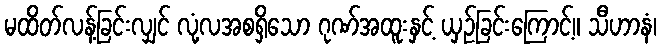
မထိတ်လန့်ခြင်းလျှင် လုံ့လအစရှိသော ဂုဏ်အထူးနှင့် ယှဉ်ခြင်းကြောင့်။ သီဟာနံ၊